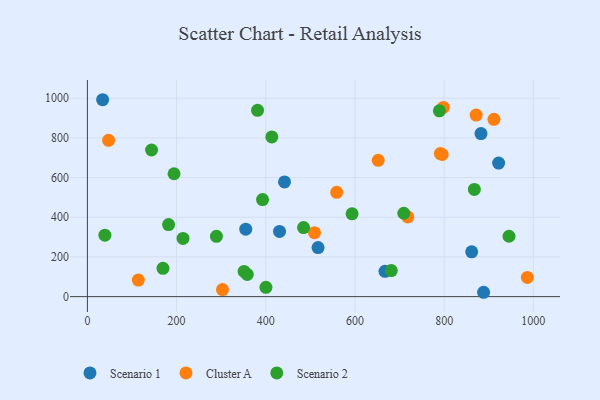
{"axis": {"x": "Engine Size", "y": "Fuel Efficiency"}, "legend": ["Cluster A", "Scenario 1", "Scenario 2"], "data": [{"x": "861.7", "y": 225.9, "type": "Scenario 1"}, {"x": "517.2", "y": 247.2, "type": "Scenario 1"}, {"x": "355.1", "y": 340.0, "type": "Scenario 1"}, {"x": "34.1", "y": 992.4, "type": "Scenario 1"}, {"x": "888.4", "y": 21.9, "type": "Scenario 1"}, {"x": "667.3", "y": 127.5, "type": "Scenario 1"}, {"x": "922.1", "y": 672.9, "type": "Scenario 1"}, {"x": "442.0", "y": 578.1, "type": "Scenario 1"}, {"x": "882.6", "y": 821.9, "type": "Scenario 1"}, {"x": "430.8", "y": 328.6, "type": "Scenario 1"}, {"x": "798.2", "y": 953.5, "type": "Cluster A"}, {"x": "509.2", "y": 322.5, "type": "Cluster A"}, {"x": "791.4", "y": 720.8, "type": "Cluster A"}, {"x": "795.6", "y": 716.3, "type": "Cluster A"}, {"x": "718.5", "y": 401.7, "type": "Cluster A"}, {"x": "114.2", "y": 83.4, "type": "Cluster A"}, {"x": "986.6", "y": 96.9, "type": "Cluster A"}, {"x": "652.1", "y": 686.8, "type": "Cluster A"}, {"x": "911.6", "y": 893.8, "type": "Cluster A"}, {"x": "871.7", "y": 914.8, "type": "Cluster A"}, {"x": "302.9", "y": 35.4, "type": "Cluster A"}, {"x": "559.0", "y": 525.6, "type": "Cluster A"}, {"x": "47.5", "y": 787.9, "type": "Cluster A"}, {"x": "182.0", "y": 362.9, "type": "Scenario 2"}, {"x": "381.5", "y": 939.1, "type": "Scenario 2"}, {"x": "143.8", "y": 739.1, "type": "Scenario 2"}, {"x": "194.2", "y": 619.2, "type": "Scenario 2"}, {"x": "169.4", "y": 142.6, "type": "Scenario 2"}, {"x": "709.5", "y": 420.3, "type": "Scenario 2"}, {"x": "400.3", "y": 46.7, "type": "Scenario 2"}, {"x": "413.5", "y": 805.1, "type": "Scenario 2"}, {"x": "867.7", "y": 540.5, "type": "Scenario 2"}, {"x": "789.3", "y": 936.3, "type": "Scenario 2"}, {"x": "593.5", "y": 417.4, "type": "Scenario 2"}, {"x": "351.3", "y": 126.9, "type": "Scenario 2"}, {"x": "392.7", "y": 489.1, "type": "Scenario 2"}, {"x": "358.4", "y": 112.0, "type": "Scenario 2"}, {"x": "289.3", "y": 304.0, "type": "Scenario 2"}, {"x": "214.4", "y": 293.3, "type": "Scenario 2"}, {"x": "39.2", "y": 309.7, "type": "Scenario 2"}, {"x": "945.4", "y": 304.3, "type": "Scenario 2"}, {"x": "681.4", "y": 131.2, "type": "Scenario 2"}, {"x": "484.7", "y": 348.1, "type": "Scenario 2"}]}